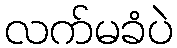
လက်မခံပဲ